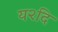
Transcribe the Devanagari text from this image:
य२दि